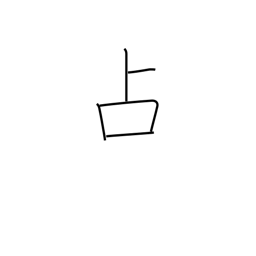
Meaning: fortune-telling